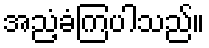
အညံ့ခံကြပါသည်။